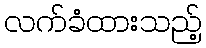
လက်ခံထားသည့်